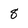
Character: 8